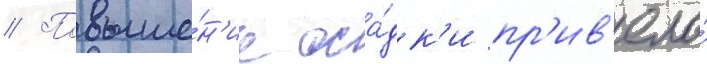
// Повыше́н'ие оса́дк'и пр'ив'ело́